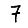
Digit: 7